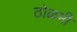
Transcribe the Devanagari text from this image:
ठोळमी